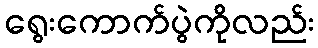
ရွေးကောက်ပွဲကိုလည်း